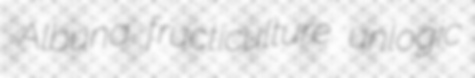
Albuna fructiculture unlogic